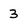
Character: 3